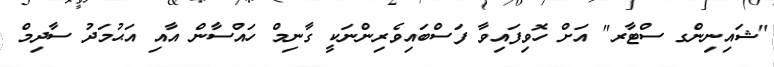
"ޝައިނިންގ ސްޓާރ" އަށް ހޮވިފައިވާ ފަސްބައިވެރިންނަކީ ގާނިމް ހައްސާން އާއި އަޙުމަދު ސާދިމް